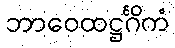
ဘာဝေထဋ္ဌင်္ဂိကံ